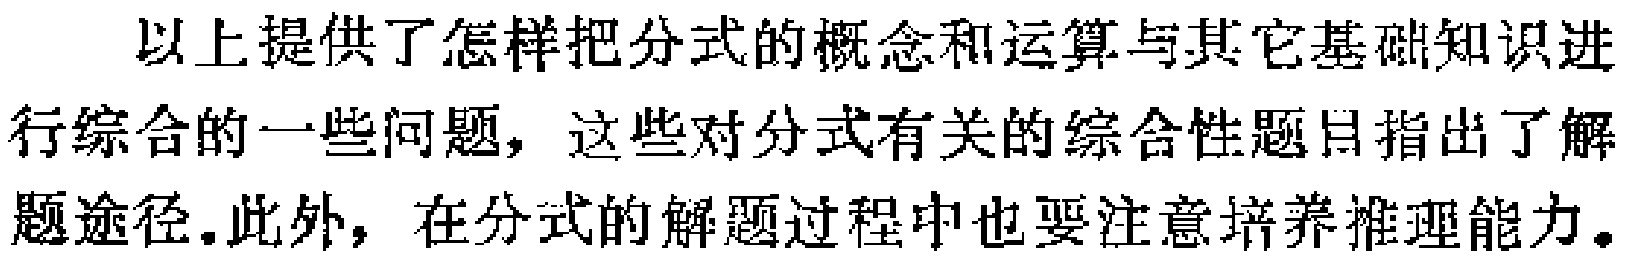
以上提供了怎样把分式的概念和运算与其它基础知识进行综合的一些问题，这些对分式有关的综合性题目指出了解题途径.此外，在分式的解题过程中也要注意培养推理能力。